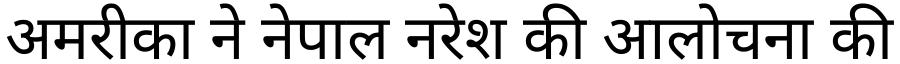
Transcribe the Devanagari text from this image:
अमरीका ने नेपाल नरेश की आलोचना की